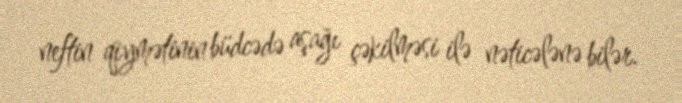
neftin qiymətinin büdcədə aşağı çəkilməsi ilə nəticələnə bilər.